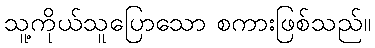
သူ့ကိုယ်သူပြောသော စကားဖြစ်သည်။